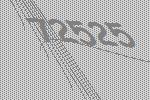
72525